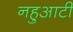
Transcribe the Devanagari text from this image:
नहुआटी